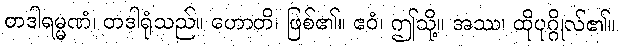
တဒါရမ္မဏံ၊ တဒါရုံသည်။ ဟောတိ၊ ဖြစ်၏။ ဧဝံ၊ ဤသို့။ အဿ၊ ထိုပုဂ္ဂိုလ်၏။